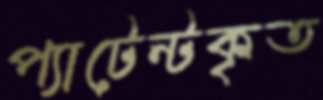
প্যাটেন্টকৃত